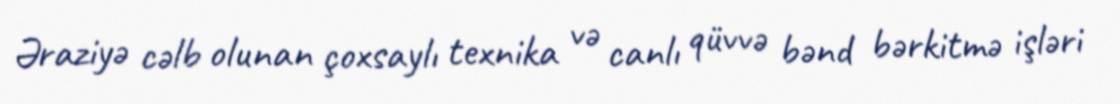
Əraziyə cəlb olunan çoxsaylı texnika və canlı qüvvə bənd bərkitmə işləri